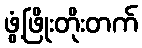
ဖွံ့ဖြိုးတိုးတက်